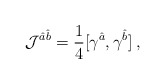
\begin{align*}{\cal J}^{\hat{a}\hat{b}}=\frac{1}{4}[\gamma^{\hat{a}},\gamma^{\hat{b}}] \: ,\end{align*}